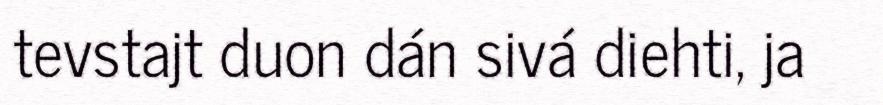
tevstajt duon dán sivá diehti, ja